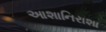
આશાનિરાશા